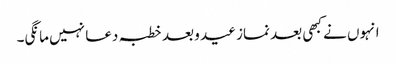
انہوں نے کبھی بعد نماز عید و بعد خطبہ دعا نہیں مانگی۔